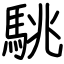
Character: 駣